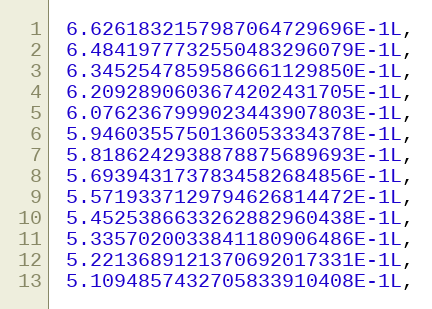
Language: C
 6.6261832157987064729696E-1L,
 6.4841977732550483296079E-1L,
 6.3452547859586661129850E-1L,
 6.2092890603674202431705E-1L,
 6.0762367999023443907803E-1L,
 5.9460355750136053334378E-1L,
 5.8186242938878875689693E-1L,
 5.6939431737834582684856E-1L,
 5.5719337129794626814472E-1L,
 5.4525386633262882960438E-1L,
 5.3357020033841180906486E-1L,
 5.2213689121370692017331E-1L,
 5.1094857432705833910408E-1L,